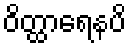
ဝိတ္ထာရေနပိ